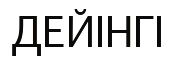
ДЕЙІНГІ